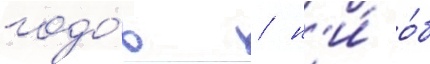
годо́в / н'и́ о́б